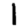
Digit: 1